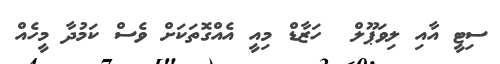
ސިޓީ އާއި ލިވަޕޫލް  ހަޒާޑް މިއީ އެއްގޮތަކަށް ވެސް ކަމުދާ މީހެއް